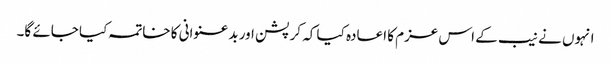
انہوں نے نیب کے اس عزم کا اعادہ کیا کہ کرپشن اور بدعنوانی کا خاتمہ کیا جائے گا۔